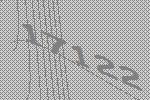
17122